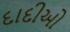
દાદીઓ